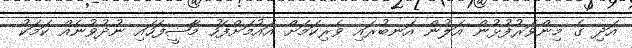
އަދި ގެ މިންވަރުފުޅުން އަލުން އަނބުރައި ވެރިކަމަށް އައުމަށްފަހު މާޟީފަހައި ނުދުވުނެއް ކަމަކު